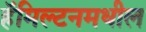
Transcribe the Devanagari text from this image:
हॅमिल्टनमधील